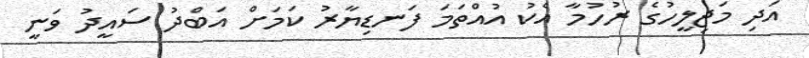
އަދި މަޖިލީހުގެ ރުހުމާ އެކު އުއްތަމަ ފަނޑިޔާރު ކަމަށް އަބްދު ސައީދު ވަނީ